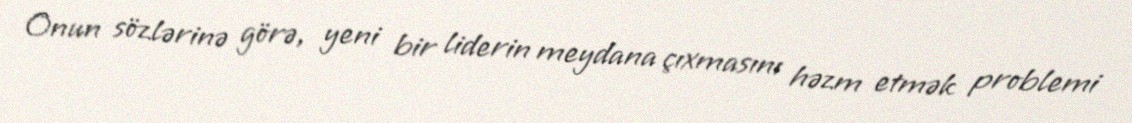
Onun sözlərinə görə, yeni bir liderin meydana çıxmasını həzm etmək problemi